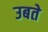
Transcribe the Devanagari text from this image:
उबते